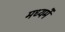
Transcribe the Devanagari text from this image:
मध्यमें